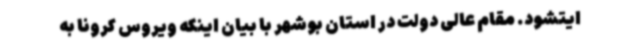
ایتشود. مقام عالی دولت در استان بوشهر با بیان اینکه ویروس کرونا به